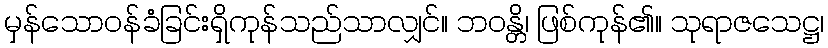
မှန်သောဝန်ခံခြင်းရှိကုန်သည်သာလျှင်။ ဘဝန္တိ၊ ဖြစ်ကုန်၏။ သုရာဇသေဋ္ဌ၊